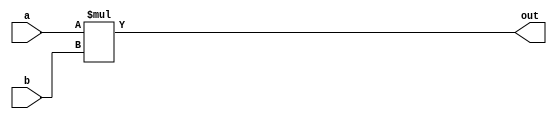
/*
   This file was generated automatically by the Mojo IDE version B1.3.4.
   Do not edit this file directly. Instead edit the original Lucid source.
   This is a temporary file and any changes made to it will be destroyed.
*/

module eightbitmultiplier_17 (
    input [7:0] a,
    input [7:0] b,
    output reg [7:0] out
  );
  
  
  
  always @* begin
    out = a * b;
  end
endmodule